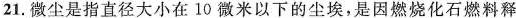
21.微尘是指直径大小在10微米以下的尘埃，是因燃烧化石燃料释